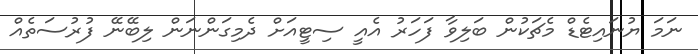
ނަމަ ޔުނައިޓެޑް މެޗަކުން ބަލިވާ ފަހަރު އެއީ ސިޓީއަށް ދެމިގަންނަން ލިބޭނޭ ފުރުސަތެއް